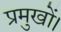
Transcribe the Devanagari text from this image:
प्रमुखों।